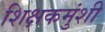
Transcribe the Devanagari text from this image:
शिक्षकमुंशी